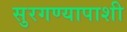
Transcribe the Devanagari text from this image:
सुरगण्यापाशी